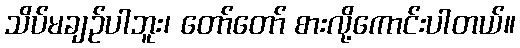
သိပ်မချဉ်ပါဘူး၊ တော်တော် စားလို့ကောင်းပါတယ်။